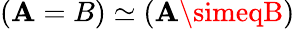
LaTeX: (\mathbf{A}=B)\simeq(\mathbf{A}\simeqB)